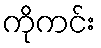
ကိုကင်း